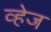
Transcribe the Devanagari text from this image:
व्हेज